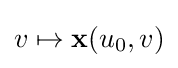
v\mapsto \mathbf {x} (u_{0},v)